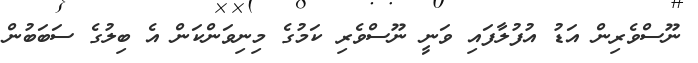
ނޫސްވެރިން އަޑު އުފުލާފައި ވަނީ ނޫސްވެރި ކަމުގެ މިނިވަންކަން އެ ބިލުގެ ސަބަބުން